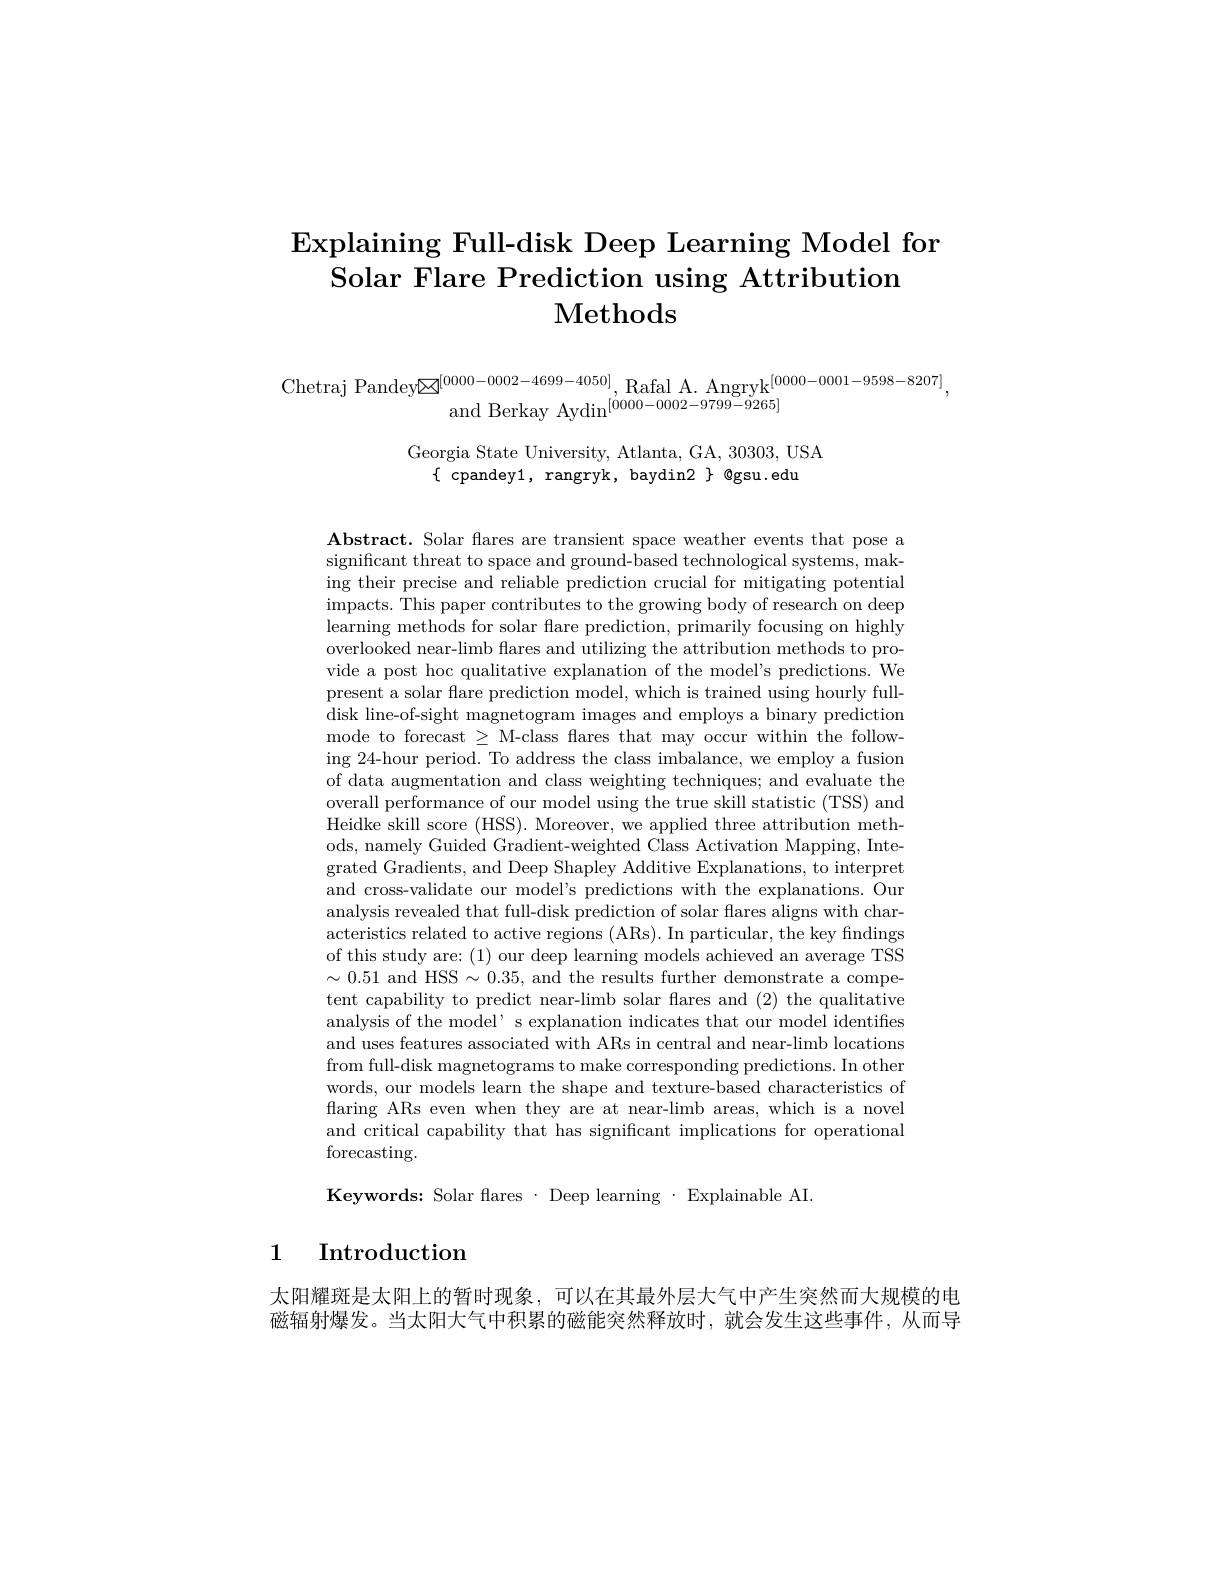
# $\operatorname{Explaining}$ Full-disk Deep Learning Model for Solar Flare Prediction using Attribution $\mathbf{Methods}$

$\begin{array}{c}{\mathrm{Chetraj~Pandey}\boxtimes^{[0000-0002-4699-4050]},\mathrm{Rafal~A.~Angryk}^{[0000-0001-9598-8207]}},\\{\mathrm{and~Berkay~Aydin}^{[0000-0002-9799-9265]}}\end{array}$

Georgia State University, Atlanta, GA, 30303, USA
$\{$ cpandey1, rangryk, baydin2 $\}$ @gsu.edu

Abstract. Solar flares are transient space weather events that pose a significant threat to space and ground-based technological systems, making their precise and reliable prediction crucial for mitigating potential $\begin{array}{c}\mathrm{impacts.~This~paper~contributes~to~the~growing~body~of~research~on~deep}\end{array}$ learning methods for solar flare prediction, primarily focusing on highly overlooked near-limb flares and utilizing the attribution methods to provide a post hoc qualitative explanation of the model's predictions. We present a solar flare prediction model, which is trained using hourly fulldisk line-of-sight magnetogram images and employs a binary prediction mode to forecast $\geq$ M-class flares that may occur within the following 24-hour period. To address the class imbalance, we employ a fusion of data augmentation and class weighting techniques; and evaluate the overall performance of our model using the true skill statistic (TSS) and Heidke skill score (HSS). Moreover, we applied three attribution methods, namely Guided Gradient-weighted Class Activation Mapping, Integrated Gradients, and Deep Shapley Additive Explanations, to interpret and cross-validate our model's predictions with the explanations. Our analysis revealed that full-disk prediction of solar flares aligns with characteristics related to active regions (ARs). In particular, the key findings of this study are: (1) our deep learning models achieved an average TSS $\sim0.51$ and HSS$\sim0.35$, and the results further demonstrate a competent capability to predict near-limb solar flares and (2) the qualitative analysis of the model' s explanation indicates that our model identifies and uses features associated with ARs in central and near-limb locations from full-disk magnetograms to make corresponding predictions. In other words, our models learn the shape and texture-based characteristics of flaring ARs even when they are at near-limb areas, which is a novel and critical capability that has significant implications for operational forecasting.

Keywords: Solar flares· Deep learning·Explainable AI.

# 1 Introduction

太阳耀斑是太阳上的暂时现象，可以在其最外层大气中产生突然而大规模的电磁辐射爆发。当太阳大气中积累的磁能突然释放时，就会发生这些事件，从而导